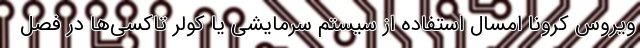
ویروس کرونا امسال استفاده از سیستم سرمایشی یا کولر تاکسی‌ها در فصل